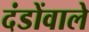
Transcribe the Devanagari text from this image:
दंडोंवाले